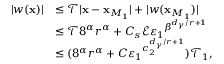
\begin{array} { r l } { | w ( \mathbf { x } ) | } & { \leq \mathcal { T } | \mathbf { x } - \mathbf { x } _ { M _ { 1 } } | + | w ( \mathbf { x } _ { M _ { 1 } } ) | } \\ & { \leq \mathcal { T } 8 ^ { \alpha } r ^ { \alpha } + C _ { s } \mathcal { E } { \varepsilon _ { 1 } } ^ { \beta ^ { d _ { \gamma } / r + 1 } } } \\ & { \leq ( 8 ^ { \alpha } r ^ { \alpha } + { C \varepsilon _ { 1 } } ^ { c _ { 2 } ^ { d _ { \gamma } / r + 1 } } ) \mathcal { T } _ { 1 } , } \end{array}